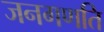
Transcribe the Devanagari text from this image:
जनगणति